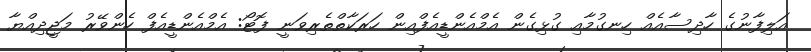
އަލިފާނުގެ ހާދިސާއެއް ހިނގުމާއި ގުޅިގެން އެމްއެންޑީއެފްއިން ހަރަކާތްތެރިވަނީ ފޮޓޯ: އެމްއެންޑީއެފް ހެންވޭރު މަޖީދިއްޔާ